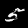
Label: 5